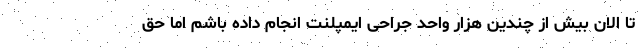
تا الان بیش از چندین هزار واحد جراحی ایمپلنت انجام داده باشم اما حق